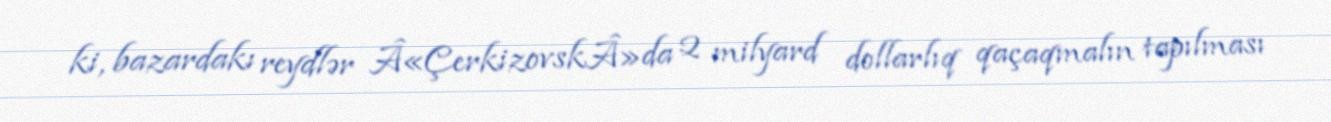
ki, bazardakı reydlər Â«ÇerkizovskÂ»da 2 milyard dollarlıq qaçaqmalın tapılması